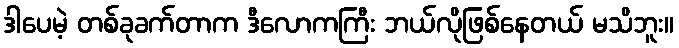
ဒါပေမဲ့ တစ်ခုခက်တာက ဒီလောကကြီး ဘယ်လိုဖြစ်နေတယ် မသိဘူး။